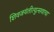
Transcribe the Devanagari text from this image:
शिवजयंतीत्युत्सवाचा